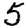
Digit: 5